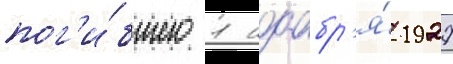
пог'и́бшего 1 ноабр'я́ 1927